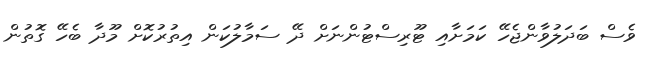
ވެސް ބަދަލުވާންޖެހޭ ކަމަށާއި ޓޫރިސްޓުންނަށް ދޭ ސަމާލުކަން އިތުރުކޮށް މޫދާ ބެހޭ ގޮތުން